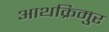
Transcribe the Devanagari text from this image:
आथक्रिमुर